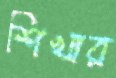
শিখার